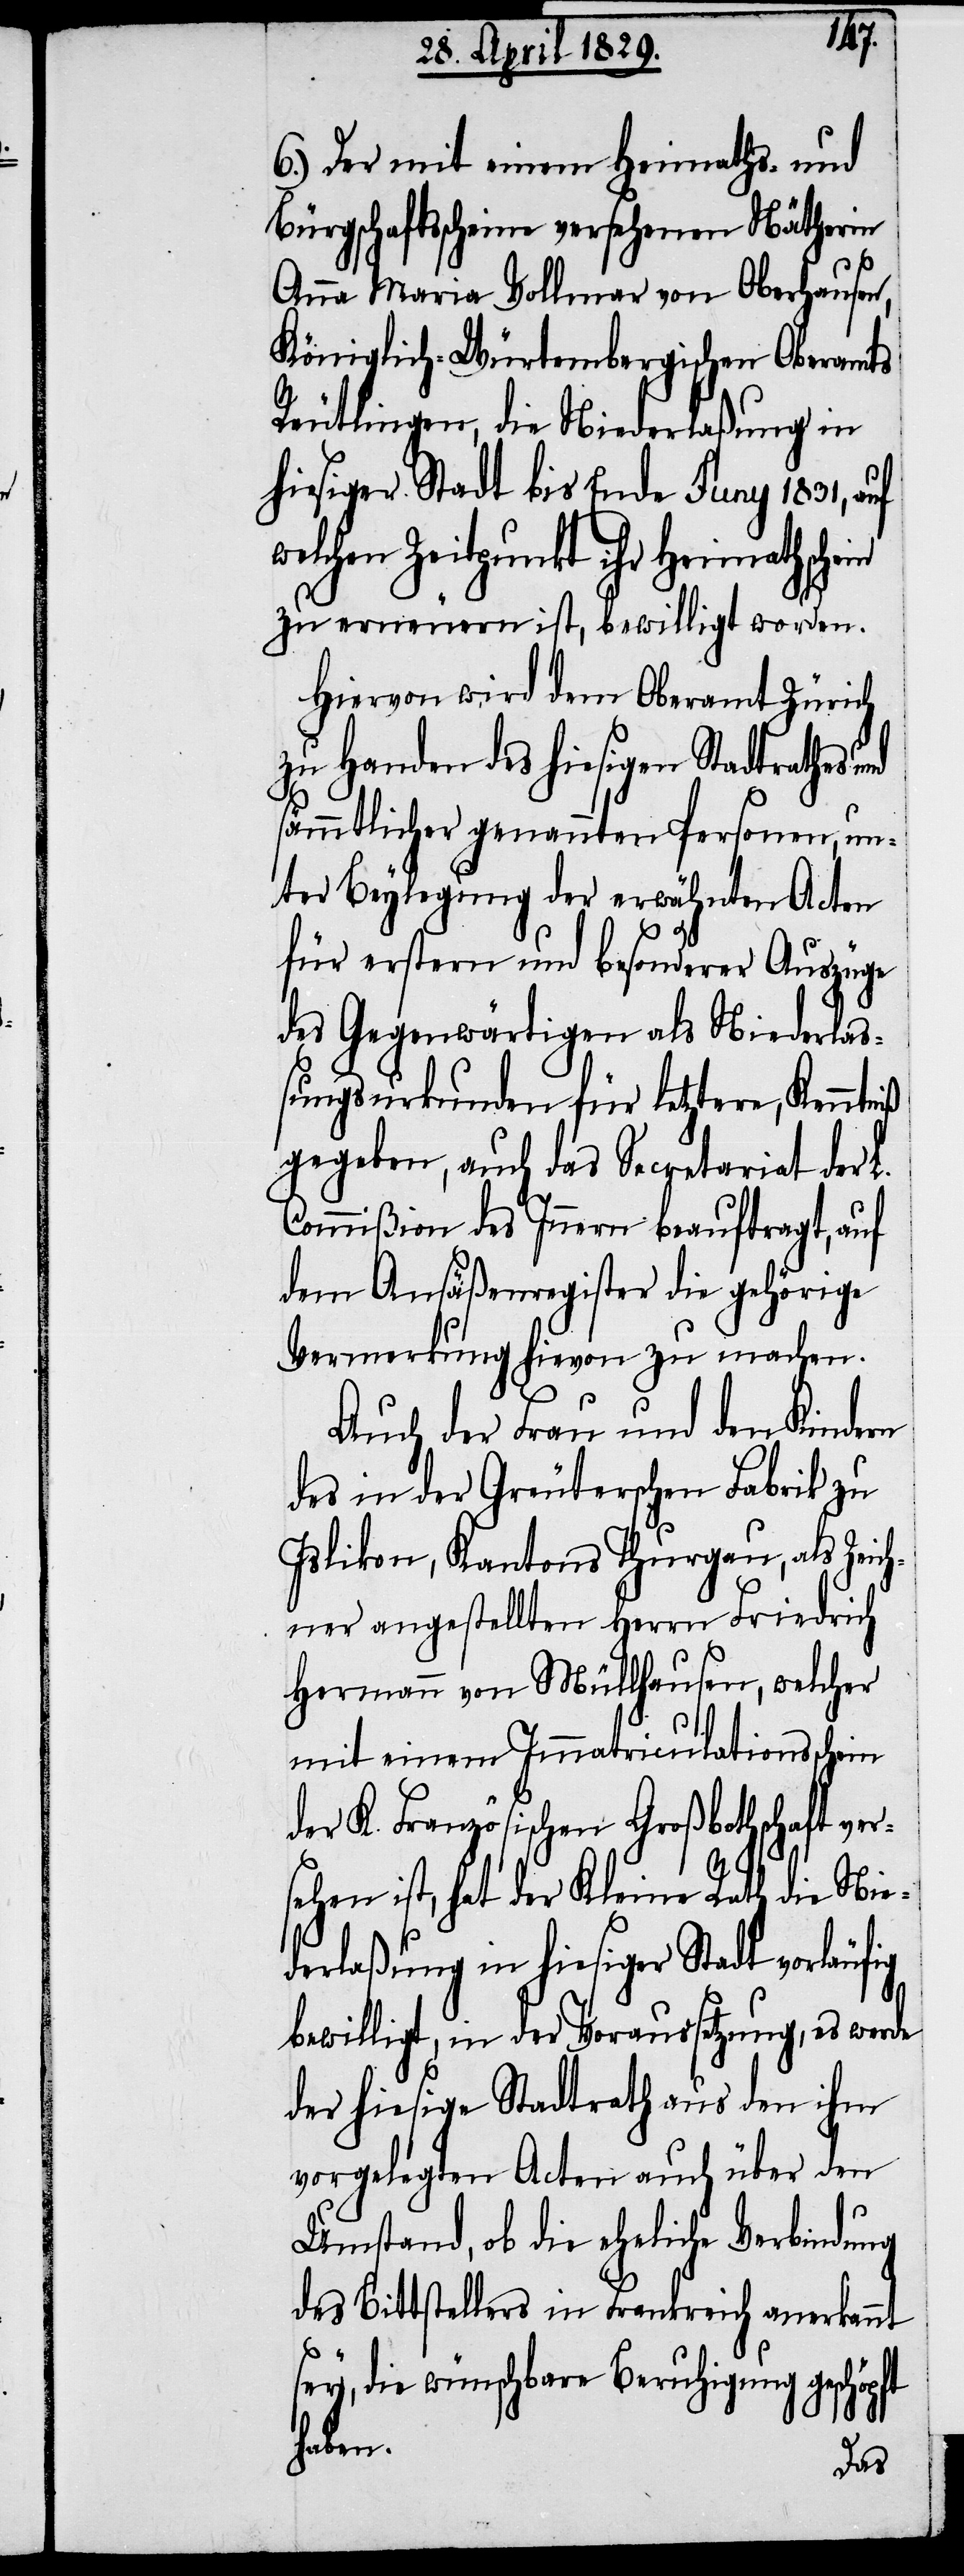
pft
Der mit einem Heimaths- und
Bürgschaftsscheine versehenen Nätherin
Anna Maria Vollmar von Oberhausen,
Königlich-Würtembergischen Oberamts
Reutlingen, die Niederlaßung in
hiesiger Stadt bis Ende Juny 1831, auf
welchen Zeitpunkt ihr Heimathschein
zu erneuern ist, bewilligt worden.
Hiervon wird dem Oberamt Zürich
zu Handen des hiesigen Stadtrathes
sämmtlicher genannten Personen, un¬
ter Beylegung der erwähnten Acten
für erstern und besondere Auszüge
des Gegenwärtigen als Niederla¬
ßungsurkunden für letztere, Kenntniß
gegeben, auch das Secretariat der L.
Commißion des Innern beauftrag, auf
dem Ansäßenregister die gehörige
Vermerkung hievon zu machen.
Auch der Frau und den Kindern
des in der Greuterschen Fabrik zu
Islikon, Kantons Thurgau, als Zeic¬
hner angestellten Herrn Friedrich
Hermann von Müllhausen, welcher
mit einem Immatriculationsschein
der K. Französischen Großbothschaft ver¬
sehen ist, hat der Kleine Rath die Nie¬
derlaßung in hiesiger Stadt vorläufig
bewilligt, in der Voraussetzung, es werde
der hiesige Stadtrath aus den ihm
vorgelegten Acten auch über den
Umstand, ob die eheliche Verbindung
des Bittstellers in Frankreich anerkannt
sey, die wünschbare Beruhigung geschö¬
haben.